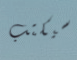
سيكتب